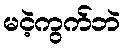
မငဲ့ကွက်ဘဲ